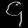
Digit: ၄